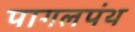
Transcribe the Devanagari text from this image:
पागलपंथ